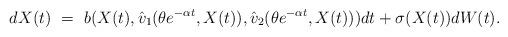
LaTeX: \begin{align*}d X(t) \ = \ b(X(t), \hat v_1(\theta e^{-\alpha t}, X(t)), \hat v_2(\theta e^{-\alpha t}, X(t))) dt + \sigma(X(t)) dW(t).\end{align*}